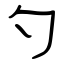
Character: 勺